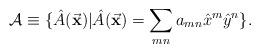
LaTeX: \begin{align*}{\cal A} \equiv \{ \hat A ( {\vec {\bf x}} ) | \hat A ({\vec {\bf x}}) = \sum_{mn} a_{mn} {\hat x}^m {\hat y}^n \}.\end{align*}